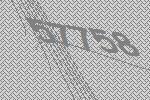
57758